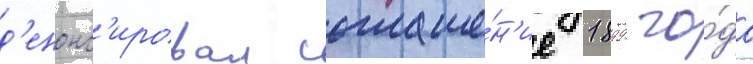
д'енонс'ировал соглаше́н'ие 1899 го́да